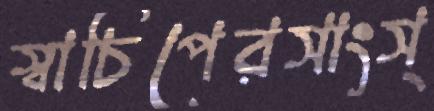
স্বাচিপেরসাংস্